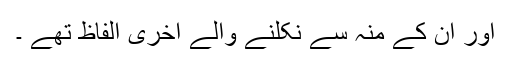
اور ان کے منہ سے نکلنے والے آخری الفاظ تھے ۔